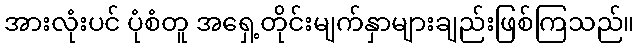
အားလုံးပင် ပုံစံတူ အရှေ့တိုင်းမျက်နှာများချည်းဖြစ်ကြသည်။